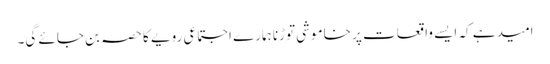
امید ہے کہ ایسے واقعات پر خاموشی توڑنا ہمارے اجتماعی رویے کا حصہ بن جائے گی۔